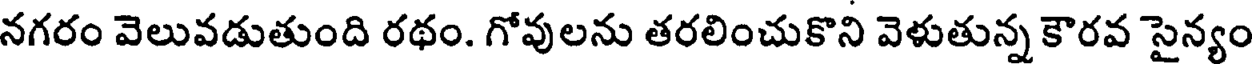
నగరం వెలువడుతుంది రథం. గోవులను తరలించుకొని వెళుతున్న కౌరవ సైన్యం